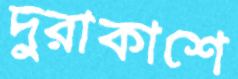
দুরাকাশে